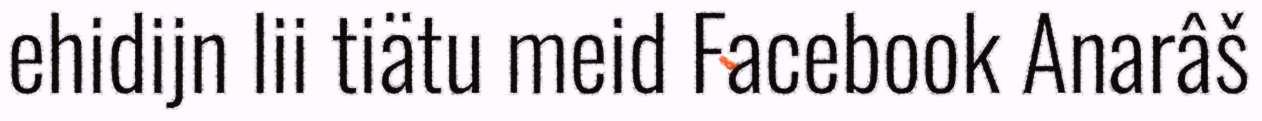
ehidijn lii tiätu meid Facebook Anarâš